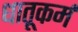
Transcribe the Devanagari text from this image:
धातूकर्म